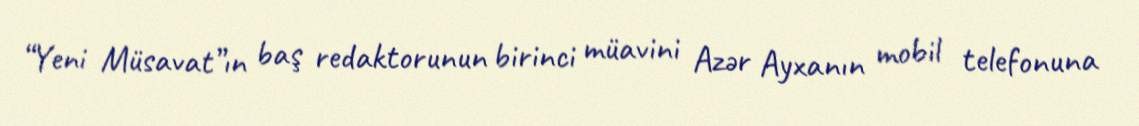
“Yeni Müsavat”ın baş redaktorunun birinci müavini Azər Ayxanın mobil telefonuna